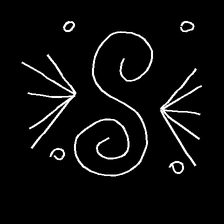
Glyph: aeroform